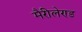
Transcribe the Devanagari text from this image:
मैरीलेण्ड